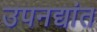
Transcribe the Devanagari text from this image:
उपनद्यांत